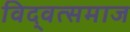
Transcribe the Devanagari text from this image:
विद्‍वत्समाज